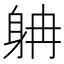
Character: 𨈭